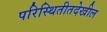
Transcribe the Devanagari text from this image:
परिस्थितीतदेखील